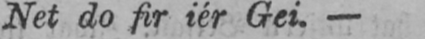
Net do fir iér Gei.-